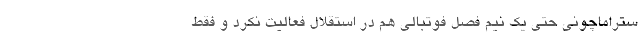
ستراماچونی حتی یک نیم فصل فوتبالی هم در استقلال فعالیت نکرد و فقط